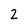
Character: 2